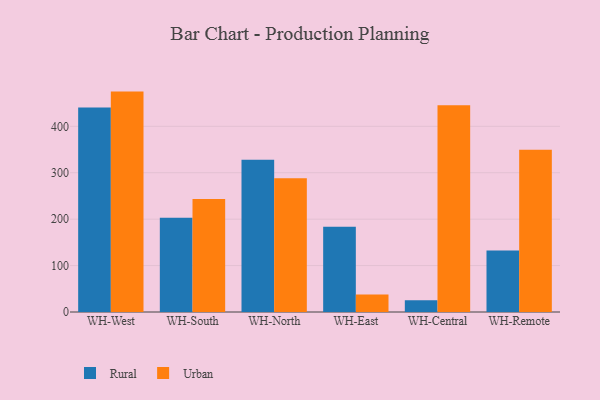
{"axis": {"x": "Warehouse", "y": "Net Income (USD K)"}, "legend": ["Rural", "Urban"], "data": [{"x": "WH-West", "y": 440.4, "type": "Rural"}, {"x": "WH-West", "y": 474.8, "type": "Urban"}, {"x": "WH-South", "y": 202.8, "type": "Rural"}, {"x": "WH-South", "y": 243.5, "type": "Urban"}, {"x": "WH-North", "y": 328.0, "type": "Rural"}, {"x": "WH-North", "y": 288.3, "type": "Urban"}, {"x": "WH-East", "y": 183.6, "type": "Rural"}, {"x": "WH-East", "y": 37.9, "type": "Urban"}, {"x": "WH-Central", "y": 25.4, "type": "Rural"}, {"x": "WH-Central", "y": 445.2, "type": "Urban"}, {"x": "WH-Remote", "y": 132.7, "type": "Rural"}, {"x": "WH-Remote", "y": 349.5, "type": "Urban"}]}